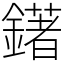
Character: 鐯